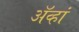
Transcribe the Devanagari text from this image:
ॲव्हां